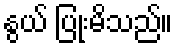
နွယ် ပြုံးမိသည်။